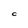
Character: C